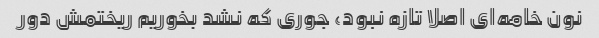
نون خامه‌ای اصلا تازه نبود، جوری که نشد بخوریم ریختمش دور